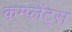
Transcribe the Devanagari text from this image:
कम्प्लेंट्स